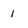
Character: 1